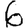
Digit: 6